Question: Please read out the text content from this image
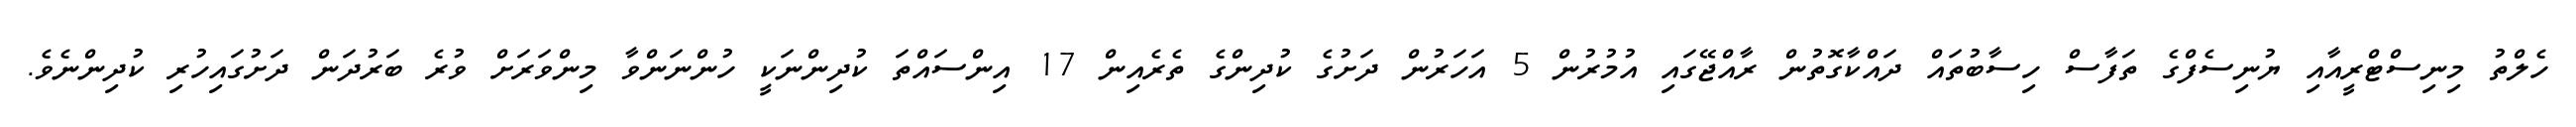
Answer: ހެލްތު މިނިސްޓްރީއާއި ޔުނިސެފްގެ ތަފާސް ހިސާބުތައް ދައްކާގޮތުން ރާއްޖޭގައި އުމުރުން 5 އަހަރުން ދަށުގެ ކުދިންގެ ތެރެއިން 17 އިންސައްތަ ކުދިންނަކީ ހުންނަންވާ މިންވަރަށް ވުރެ ބަރުދަން ދަށުގައިހުރި ކުދިންނެވެ.